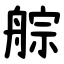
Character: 䑸